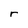
Character: r